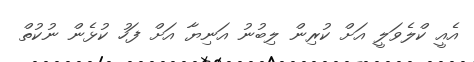
އެއީ ކްލެވަލީ އަށް ކުރިން ލިބުނު އަނިޔާ އަށް ފަހު ކުޅެން ނުކުތް